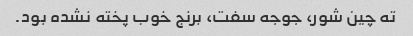
ته چین شور، جوجه سفت، برنج خوب پخته نشده بود.